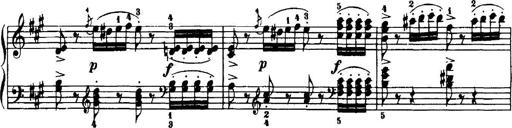
Title: 7 Sonatinas
Composer: Anton Diabelli